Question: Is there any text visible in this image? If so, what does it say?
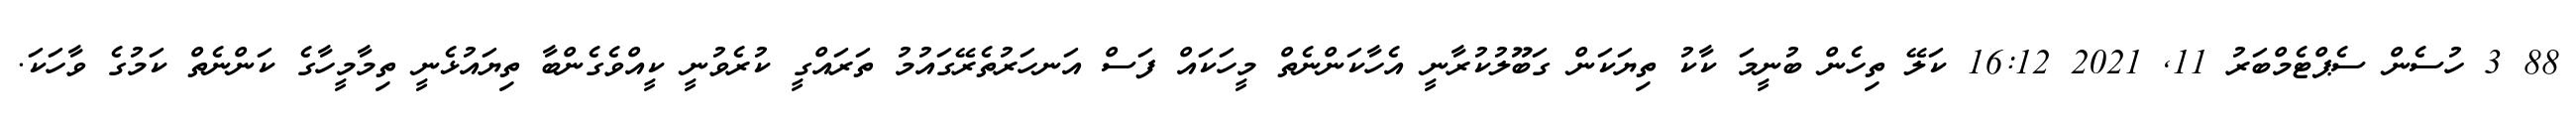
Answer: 88 3 ހުސެން ސެޕްޓެމްބަރު 11, 2021 16:12 ކަލޭ ތިހެން ބުނީމަ ކާކު ތިޔަކަން ގަބޫލުކުރާނީ އެހާކަންނެތް މީހަކައް ފަސް އަނހަރުތެރޭގައުމު ތަރައްގީ ކުރެވުނީ ކީއްވެގެންބާ ތިޔައުޅެނީ ތިމާމީހާގެ ކަންނެތް ކަމުގެ ވާހަކަ.